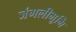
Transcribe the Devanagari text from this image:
जंगलीभूमि